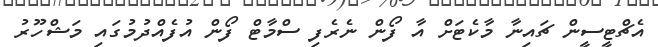
އެޗްޓީސީން ޗައިނާ މާކެޓަށް އާ ފޯން ނެރެފި ސްމާޓް ފޯން އުފެއްދުމުގައި މަޝްހޫރު